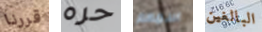
قررنا حره اسمهم البالغين